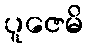
ပူဇေမိ